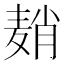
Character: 𬹈